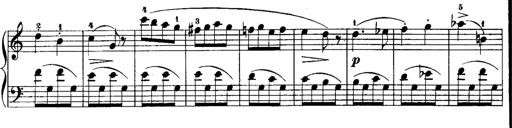
Title: Rondos and Sonatinas for Pianoforte
Composer: Daniel Steibelt